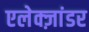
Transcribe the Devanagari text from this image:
एलेक्ज़ांडर